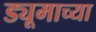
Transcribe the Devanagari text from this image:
ड्यूमाच्या